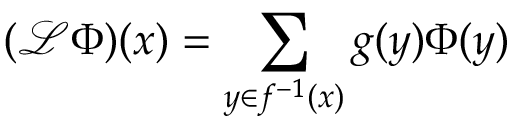
( { \mathcal { L } } \Phi ) ( x ) = \sum _ { y \in f ^ { - 1 } ( x ) } g ( y ) \Phi ( y )